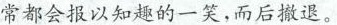
常都会报以知趣的一笑，而后撤退。